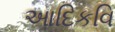
આદિકવિ